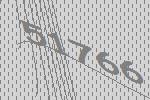
51766